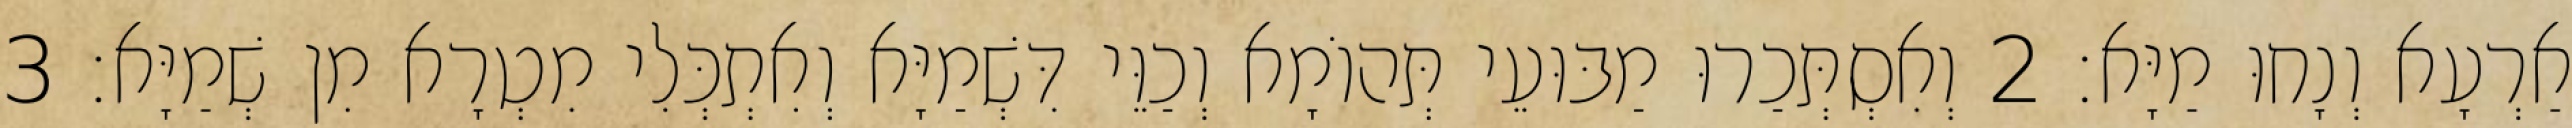
אַרְעָא וְנָחוּ מַיָּא׃ 2 וְאִסְתְּכַרוּ מַבּוּעֵי תְּהוֹמָא וְכַוֵּי דִּשְׁמַיָּא וְאִתְכְּלִי מִטְרָא מִן שְׁמַיָּא׃ 3